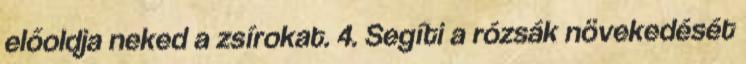
előoldja neked a zsírokat. 4. Segíti a rózsák növekedését